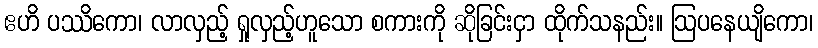
ဧဟိ ပဿိကော၊ လာလှည့် ရှုလှည့်ဟူသော စကားကို ဆိုခြင်းငှာ ထိုက်သနည်း။ ဩပနေယျိကော၊